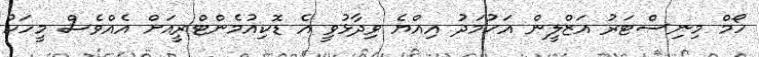
ހޯމް މިނިސްޓަރު އަޒްލީން އަހުމަދު އިއްޔެ ވިދާޅުވީ އެ ޑޮކިއުމެންޓްރީއަށް އެއްވެސް މީހަކު